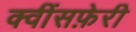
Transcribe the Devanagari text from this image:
क्वींसफ़ेरी